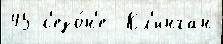
45 с'езо́н'е  Кл'инган